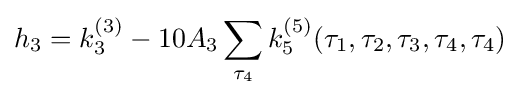
h_{3}=k_{3}^{(3)}-10A_{3}\sum _{\tau _{4}}k_{5}^{(5)}(\tau _{1},\tau _{2},\tau _{3},\tau _{4},\tau _{4})